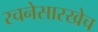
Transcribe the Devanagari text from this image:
रचनेसारखेच